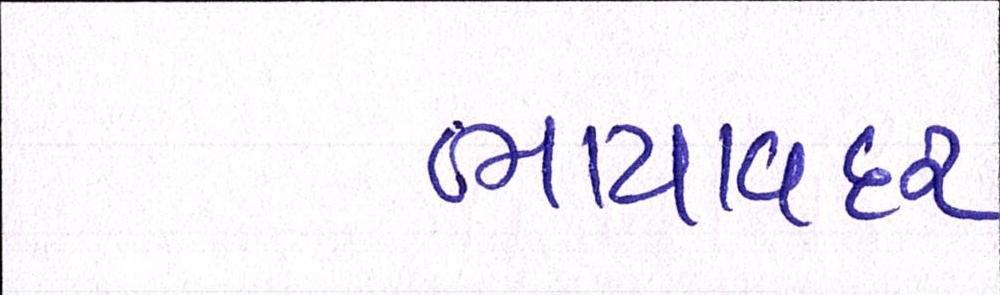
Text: ભાયાવદર